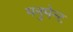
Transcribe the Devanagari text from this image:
मनुमेन्ट